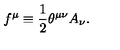
f ^ { \mu } \equiv { \frac { 1 } { 2 } } \theta ^ { \mu \nu } A _ { \nu } .